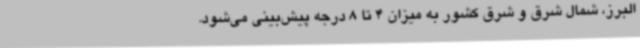
البرز، شمال شرق و شرق کشور به میزان 4 تا 8 درجه پیش‌بینی می‌شود.